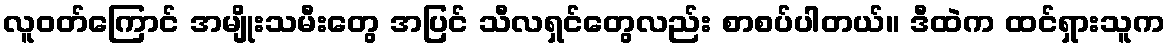
လူဝတ်ကြောင် အမျိုးသမီးတွေ အပြင် သီလရှင်တွေလည်း စာစပ်ပါတယ်။ ဒီထဲက ထင်ရှားသူက